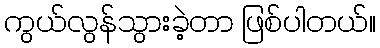
ကွယ်လွန်သွားခဲ့တာ ဖြစ်ပါတယ်။